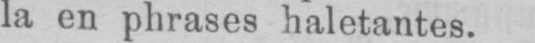
la en phrases haletantes.